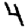
Digit: 4